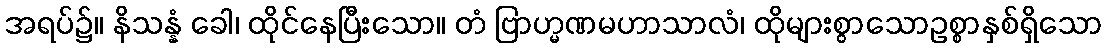
အရပ်၌။ နိသန္နံ ခေါ၊ ထိုင်နေပြီးသော။ တံ ဗြာဟ္မဏမဟာသာလံ၊ ထိုများစွာသောဥစ္စာနှစ်ရှိသော